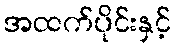
အထက်ပိုင်းနှင့်